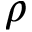
\rho